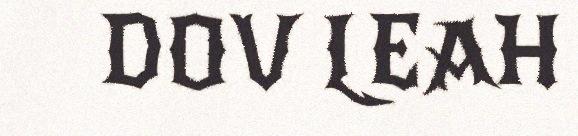
DOV LEAH